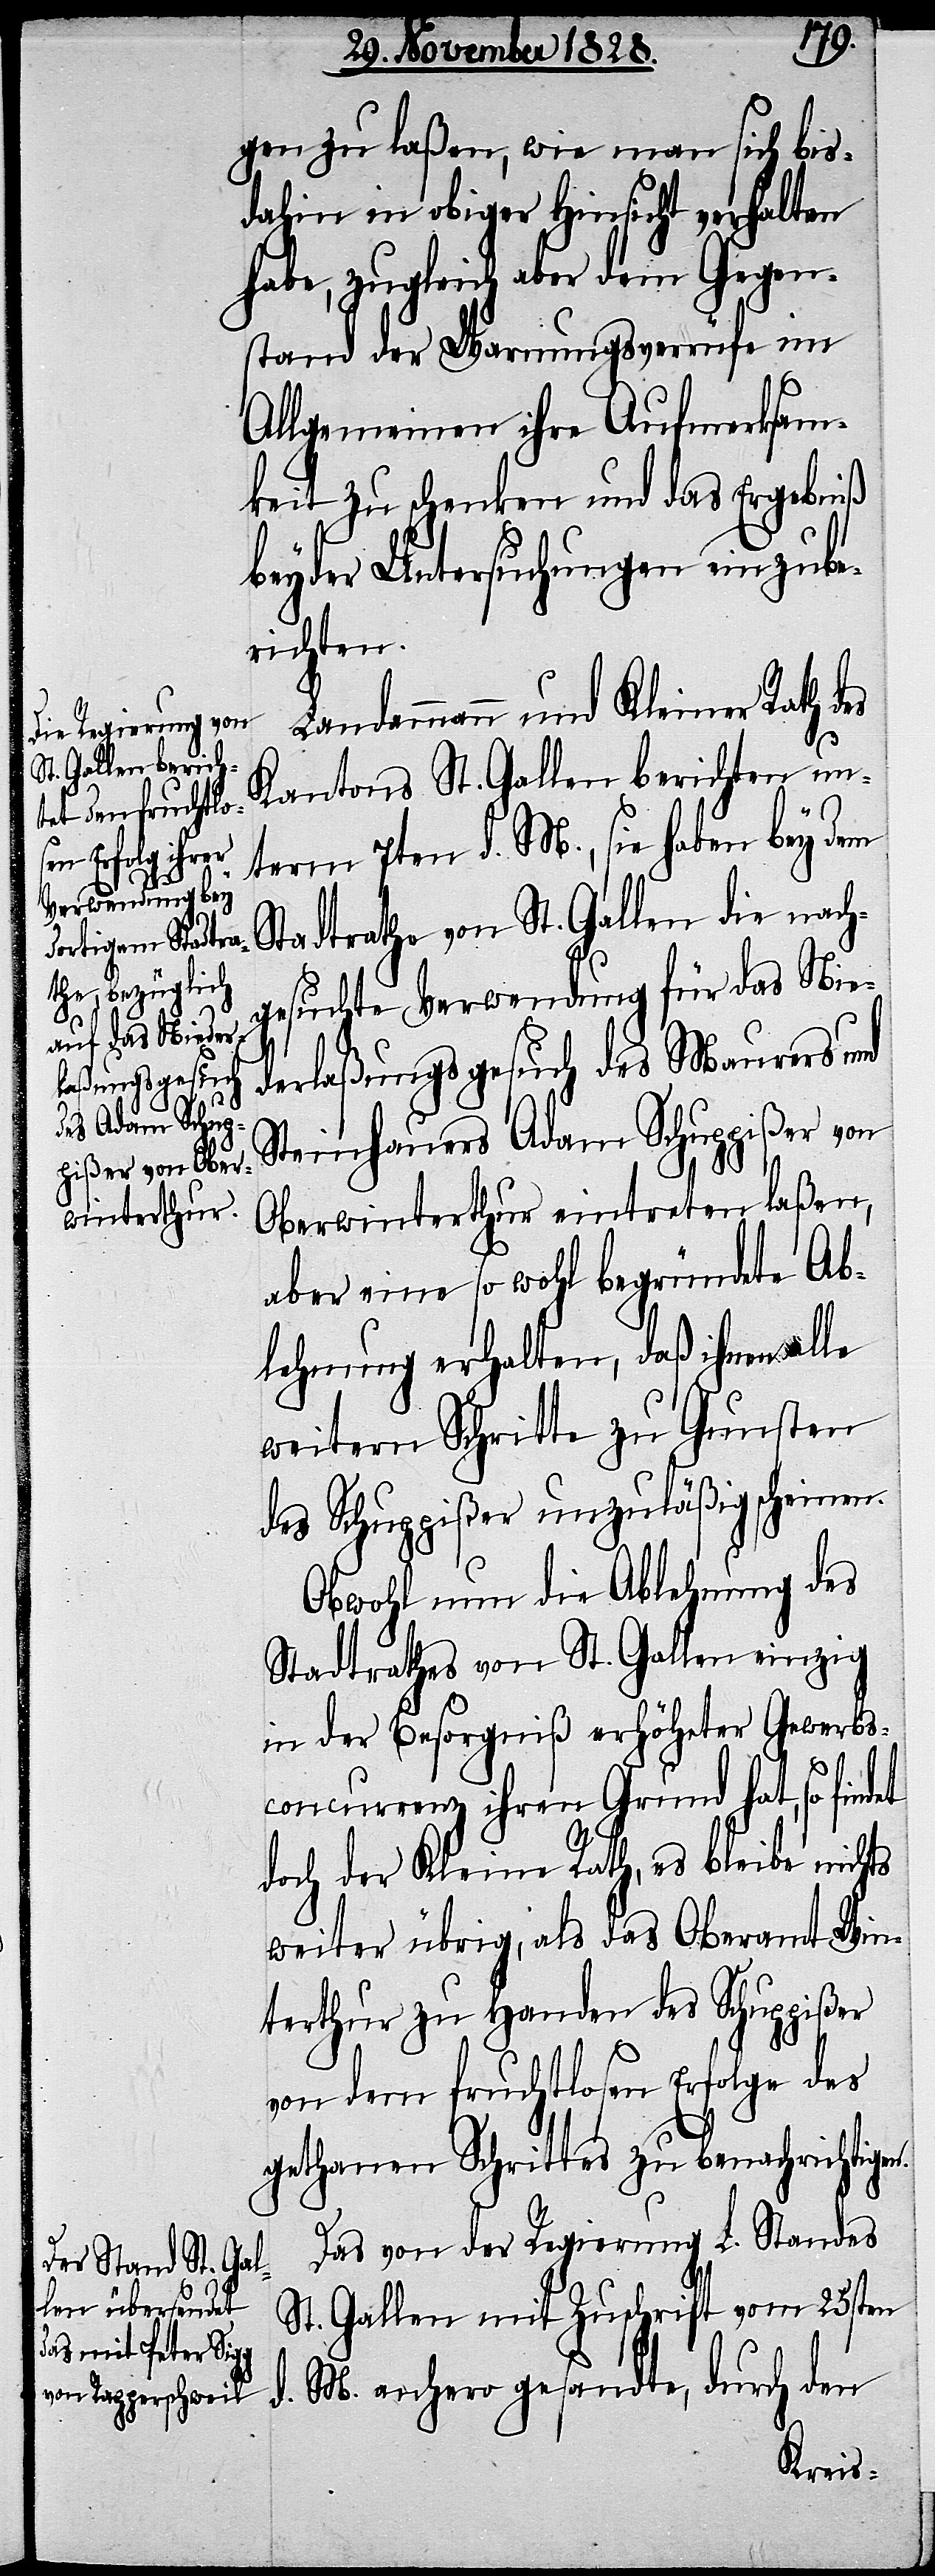
Landammann und Kleiner Rath des
Kantons St. Gallen berichten un¬
term 7ten d. M., sie haben bey dem
Stadtrathe von St. Gallen die nach¬
gesuchte Verwendung für das Nie¬
n.
derlaßungsgesuch des Maurers und
Steinhauers Adam Schuppißer von
Oberwinterthur eintreten laßen,
aber eine so wohl begründete Ab¬
lehnung erhalten, daß ihnen alle
weitern Schritte zu Gunsten
des Schuppißer unzuläßig scheinen.
Obwohl nun die Ablehnung des
Stadtrathes von St. Gallen einzig
in der Besorgniß erhöheter Gewerbs¬
concurrenz ihren Grund hat, so findet
doch der Kleine Rath, es bleibe nichts
weiter übrig, als das Oberamt Win¬
terthur zu Handen des Schuppißer
von dem fruchtlosen Erfolge des
gethanen Schrittes zu benachrichtige¬
Das von der Regierung L. Standes
St. Gallen mit Zuschrift vom 25sten
d. M. anhero gesandte, durch den